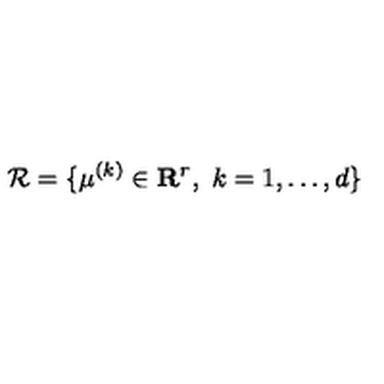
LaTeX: { \cal R } = \{ \mu ^ { ( k ) } \in \mathbf { R } ^ { r } , \ k = 1 , \ldots , d \}